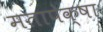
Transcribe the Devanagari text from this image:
मतापेक्षा